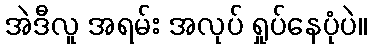
အဲဒီလူ အရမ်း အလုပ် ရှုပ်နေပုံပဲ။